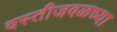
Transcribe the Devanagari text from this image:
वस्तीजवळच्या